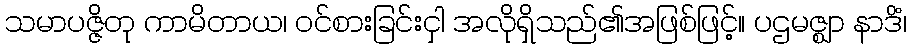
သမာပဇ္ဇိတု ကာမိတာယ၊ ဝင်စားခြင်းငှါ အလိုရှိသည်၏အဖြစ်ဖြင့်။ ပဌမဇ္ဈာ နာဒိံ၊